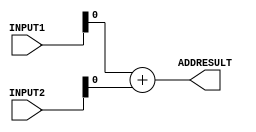
module ADD (INPUT1 , INPUT2 , ADDRESULT);
input [31:0] INPUT1 , INPUT2 ;
output ADDRESULT ;
assign ADDRESULT = INPUT1 + INPUT2 ;
endmodule